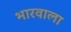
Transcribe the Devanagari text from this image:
भारवाला